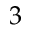
3